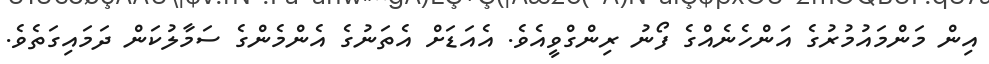
އިން މަންމައުމުރުގެ އަންހެނެއްގެ ފޯނު ރިންގްވީއެވެ. އެއަޑަށް އެތަނުގެ އެންމެންގެ ސަމާލުކަން ދަމައިގަތެވެ.